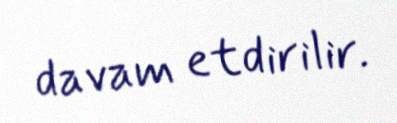
davam etdirilir.